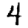
Digit: 4